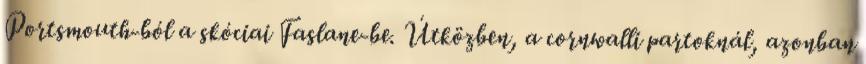
Portsmouth-ból a skóciai Faslane-be. Útközben, a cornwalli partoknál, azonban